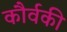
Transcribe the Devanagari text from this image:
कौर्वकी